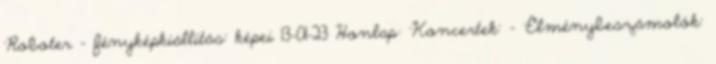
'Roboter - fényképkiállítás' képei 13-01-23 Honlap: 'Koncertek' - 'Élménybeszámolók'